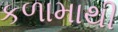
કળામાથી